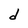
Character: d